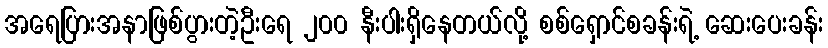
အရေပြားအနာဖြစ်ပွားတဲ့ဦးရေ ၂၀၀ နီးပါးရှိနေတယ်လို့ စစ်ရှောင်စခန်းရဲ့ ဆေးပေးခန်း